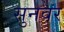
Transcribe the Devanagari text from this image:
सुनवर